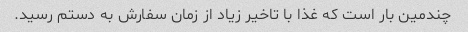
چندمین بار است که غذا با تاخیر زیاد از زمان سفارش به دستم رسید.